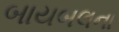
બાયબલના